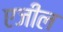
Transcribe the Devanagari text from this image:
एजील